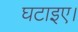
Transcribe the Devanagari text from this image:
घटाइए।